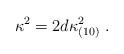
\begin{align*}\kappa^2 = 2 d \kappa_{(10)}^2 \; . \end{align*}